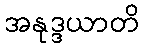
အနုဒ္ဒယာတိ